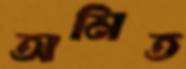
অমিত